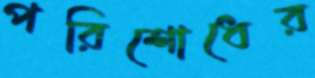
পরিশোধের